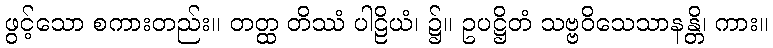
ဖွင့်သော စကားတည်း။ တတ္ထ တိဿံ ပါဠိယံ၊ ၌။ ဥပဋ္ဌိတံ သဗ္ဗဝိသေသာနန္တိ၊ ကား။